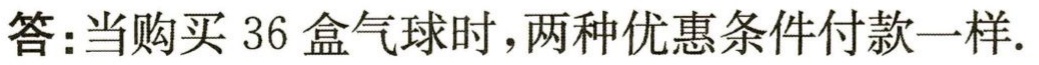
答：当购买 36 盒气球时，两种优惠条件付款一样.